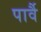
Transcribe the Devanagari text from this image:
पार्वै